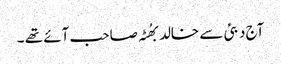
آج دبئی سے خالد بھُٹہ صاحب آئے تھے ۔